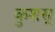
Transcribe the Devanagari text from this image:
कुशस्